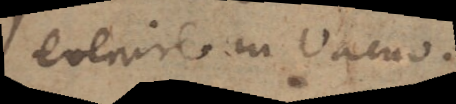
evenire in vacuo.